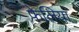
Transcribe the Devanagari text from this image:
फेलिया